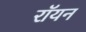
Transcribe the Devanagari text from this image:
रॉयन